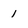
Character: 1